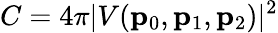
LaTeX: C=4\pi|V(\mathbf{p}_{0},\mathbf{p}_{1},\mathbf{p}_{2})|^{2}